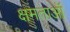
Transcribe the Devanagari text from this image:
क्षमताऑ